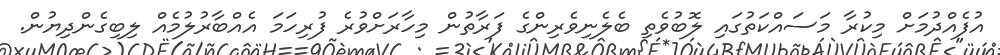
އުފެއްދުމަށް މިކުރާ މަސައްކަތުގައި ލޮބުވެތި ބެލެނިވެރިންގެ ފަރާތުން މިހާރަށްވުރެ ފުރިހަމަ އެއްބާރުލުމެއް ލިބިގެންދިޔުން.